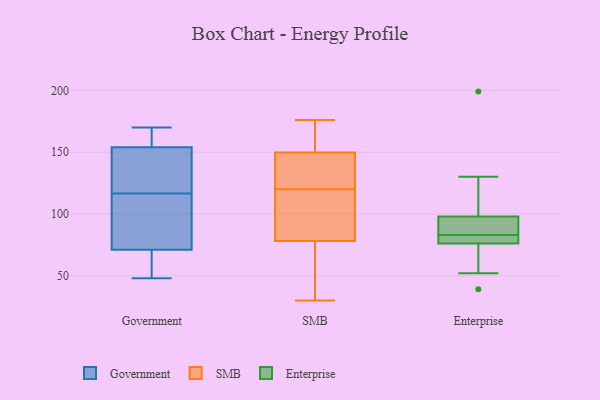
{"axis": {"x": "Temperature (°C)", "y": "Value"}, "legend": ["Enterprise", "Government", "SMB"], "data": [{"x": "", "y": 106, "type": "Government"}, {"x": "", "y": 48, "type": "Government"}, {"x": "", "y": 85, "type": "Government"}, {"x": "", "y": 170, "type": "Government"}, {"x": "", "y": 153, "type": "Government"}, {"x": "", "y": 127, "type": "Government"}, {"x": "", "y": 156, "type": "Government"}, {"x": "", "y": 162, "type": "Government"}, {"x": "", "y": 141, "type": "Government"}, {"x": "", "y": 117, "type": "Government"}, {"x": "", "y": 50, "type": "Government"}, {"x": "", "y": 87, "type": "Government"}, {"x": "", "y": 57, "type": "Government"}, {"x": "", "y": 55, "type": "Government"}, {"x": "", "y": 155, "type": "Government"}, {"x": "", "y": 116, "type": "Government"}, {"x": "", "y": 163, "type": "SMB"}, {"x": "", "y": 128, "type": "SMB"}, {"x": "", "y": 36, "type": "SMB"}, {"x": "", "y": 82, "type": "SMB"}, {"x": "", "y": 120, "type": "SMB"}, {"x": "", "y": 99, "type": "SMB"}, {"x": "", "y": 104, "type": "SMB"}, {"x": "", "y": 132, "type": "SMB"}, {"x": "", "y": 30, "type": "SMB"}, {"x": "", "y": 171, "type": "SMB"}, {"x": "", "y": 35, "type": "SMB"}, {"x": "", "y": 66, "type": "SMB"}, {"x": "", "y": 99, "type": "SMB"}, {"x": "", "y": 176, "type": "SMB"}, {"x": "", "y": 148, "type": "SMB"}, {"x": "", "y": 155, "type": "SMB"}, {"x": "", "y": 145, "type": "SMB"}, {"x": "", "y": 130, "type": "Enterprise"}, {"x": "", "y": 76, "type": "Enterprise"}, {"x": "", "y": 76, "type": "Enterprise"}, {"x": "", "y": 98, "type": "Enterprise"}, {"x": "", "y": 39, "type": "Enterprise"}, {"x": "", "y": 84, "type": "Enterprise"}, {"x": "", "y": 52, "type": "Enterprise"}, {"x": "", "y": 90, "type": "Enterprise"}, {"x": "", "y": 199, "type": "Enterprise"}, {"x": "", "y": 82, "type": "Enterprise"}]}